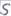
Text: S